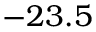
- 2 3 . 5